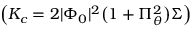
\left( K _ { c } = 2 | \Phi _ { 0 } | ^ { 2 } \big ( 1 + \Pi _ { \theta } ^ { 2 } \big ) \Sigma \right)